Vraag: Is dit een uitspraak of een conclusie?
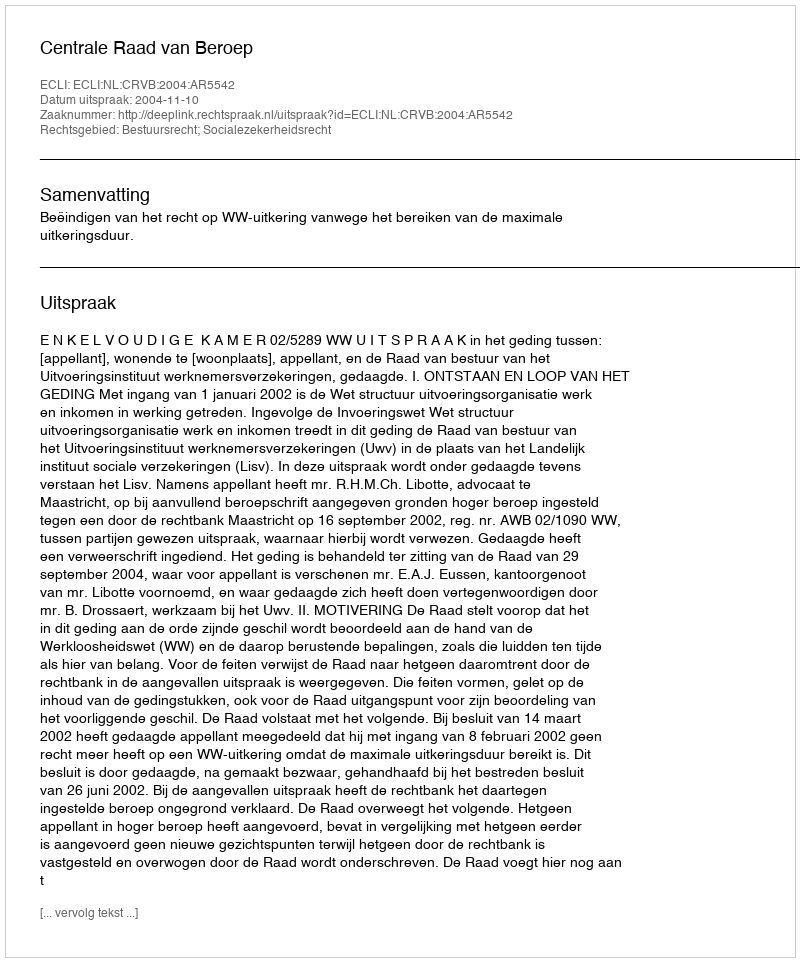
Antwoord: Uitspraak